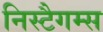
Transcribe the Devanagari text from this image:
निस्टैगम्स